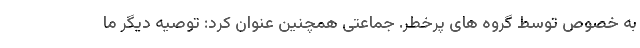
به خصوص توسط گروه های پرخطر. جماعتی همچنین عنوان کرد: توصیه دیگر ما